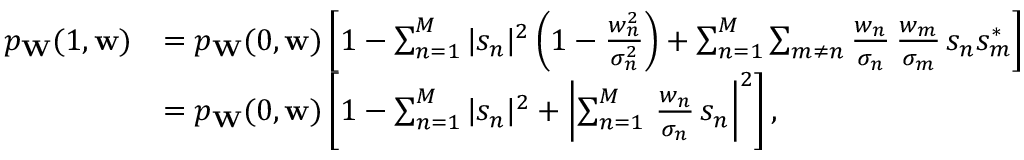
\begin{array} { r l } { p _ { \mathbf { W } } ( 1 , \mathbf { w } ) } & { = p _ { \mathbf { W } } ( 0 , \mathbf { w } ) \left[ 1 - \sum _ { n = 1 } ^ { M } | s _ { n } | ^ { 2 } \left( 1 - \frac { w _ { n } ^ { 2 } } { \sigma _ { n } ^ { 2 } } \right) + \sum _ { n = 1 } ^ { M } \sum _ { m \neq n } \frac { w _ { n } } { \sigma _ { n } } \, \frac { w _ { m } } { \sigma _ { m } } \, s _ { n } s _ { m } ^ { * } \right] } \\ & { = p _ { \mathbf { W } } ( 0 , \mathbf { w } ) \left[ 1 - \sum _ { n = 1 } ^ { M } | s _ { n } | ^ { 2 } + \left| \sum _ { n = 1 } ^ { M } \, \frac { w _ { n } } { \sigma _ { n } } \, s _ { n } \right| ^ { 2 } \right] , } \end{array}